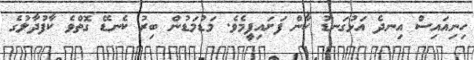
ހިނިއައިސް އިނދެ އަޅުގަނޑު ކާން ފަށައިފީމެވެ. މަޑުމަޑުން ބިރު ކެނޑޭ ގޮތްވެ ކާފުދާލުގެ